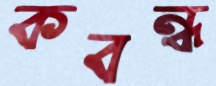
কবন্ধ